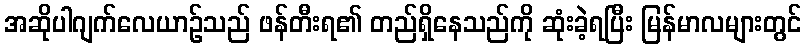
အဆိုပါဂျက်လေယာဉ်သည် ဖန်တီးရ၏ တည်ရှိနေသည်ကို ဆုံးခဲ့ရပြီး မြန်မာလများတွင်